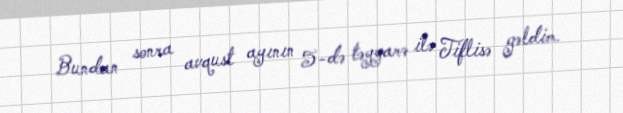
Bundan sonra avqust ayının 5-də təyyarə ilə Tiflisə gəldim.